Report of the Indian Hemp Drugs Commission, 1894-1895 - Volume IV
Year: 1894
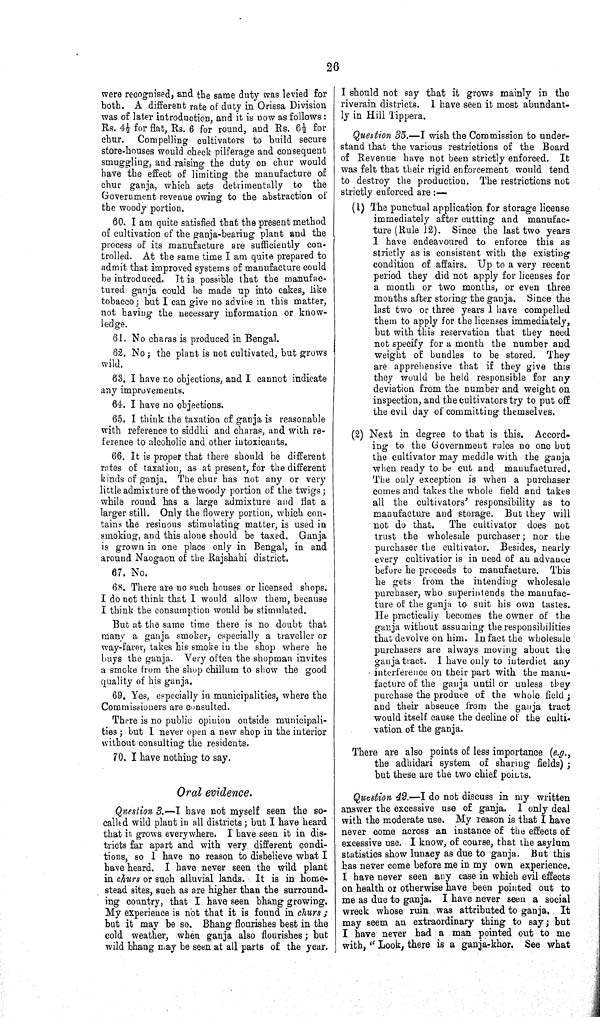
26
were recognised, and the same duty was levied for
both. A different rate of duty in Orissa Division
was of later introduction, and it is now as follows:
Rs. 4 1/2 for flat, Rs. 6 for round, and Rs. 6 1/2 for
chur.
Compelling cultivators to build secure
store-houses would check pilferage and consequent
smuggling, and raising the duty on chur would
have the effect of limiting the manufacture of
chur ganja, which acts detrimentally to the
Government revenue owing to the abstraction of
the woody portion.
60. I am quite satisfied that the present method
of cultivation of the ganja-bearing plant and the
process of its manufacture are sufficiently con-
trolled. At the same time I am quite prepared to
admit that improved systems of manufacture could
be introduced. It is possible that the manufac-
tured ganja could be made up into cakes, like
tobacco; but I can give no advice in this matter,
not having the necessary information or know-
ledge.
61. No charas is produced in Bengal.
62. No; the plant is not cultivated, but grows
wild.
63. I have no objections, and I cannot indicate
any improvements.
64. I have no objections.
65. I think the taxation of ganja is reasonable
with reference to siddhi and charas, and with re-
ference to alcoholic and other intoxicants.
66. It is proper that there should be different
rates of taxation, as at present, for the different
kinds of ganja. The chur has not any or very
little admixture of the woody portion of the twigs;
while round has a large admixture and flat a
larger still. Only the flowery portion, which con-
tains the resinous stimulating matter, is used in
smoking, and this alone should be taxed. Ganja
is grown in one place only in Bengal, in and
around Naogaon of the Rajshahi district.
67. No.
68. There are no such houses or licensed shops.
I do not think that I would allow them, because
I think the consumption would be stimulated.
But at the same time there is no doubt that
many a ganja smoker, especially a traveller or
way-farer, takes his smoke in the shop where he
buys the ganja. Very often the shopman invites
a smoke from the shop chillum to show the good
quality of his ganja.
69. Yes, especially in municipalities, where the
Commissioners are consulted.
There is no public opinion outside municipali-
ties; but I never open a new shop in the interior
without consulting the residents.
70. I have nothing to say.
Oral evidence.
Question 3.—I have not myself seen the so-
called wild plant in all districts; but I have heard
that it grows everywhere. I have seen it in dis-
tricts far apart and with very different condi-
tions, so I have no reason to disbelieve what I
have heard. I have never seen the wild plant
in churs or such alluvial lands. It is in home-
stead sites, such as are higher than the surround-
ing country, that I have seen bhang growing.
My experience is not that it is found in churs;
but it may be so. Bhang flourishes best in the
cold weather, when ganja also flourishes; but
wild bhang may be seen at all parts of the year.
I should not say that it grows mainly in the
riverain districts. I have seen it most abundant-
ly in Hill Tippera.
Question 35.—I wish the Commission to under-
stand that the various restrictions of the Board
of Revenue have not been strictly enforced.
It
was felt that their rigid enforcement would tend
to destroy the production. The restrictions not
strictly enforced are:—
(1) The punctual application for storage license
immediately after cutting and manufac-
ture (Rule 12). Since the last two years
I have endeavoured to enforce this as
strictly as is consistent with the existing
condition of affairs. Up to a very recent
period they did not apply for licenses for
a month or two months, or even three
months after storing the ganja. Since the
last two or three years I have compelled
them to apply for the licenses immediately,
but with this reservation that they need
not specify for a month the number and
weight of bundles to be stored. They
are apprehensive that if they give this
they would be held responsible for any
deviation from the number and weight on
inspection, and the cultivators try to put off
the evil day of committing themselves.
(2) Next in degree to that is this. Accord-
ing to the Government rules no one but
the cultivator may meddle with the ganja
when ready to be cut and manufactured.
The only exception is when a purchaser
comes and takes the whole field and takes
all the cultivators' responsibility as to
manufacture and storage. But they will
not do that.
The cultivator does not
trust the wholesale purchaser; nor the
purchaser the cultivator. Besides, nearly
every cultivatior is in need of an advance
before he proceeds to manufacture. This
he gets from the intending wholesale
purchaser, who superintends the manufac-
ture of the ganja to suit his own tastes.
He practically becomes the owner of the
ganja without assuming the responsibilities
that devolve on him. In fact the wholesale
purchasers are always moving about the
ganja tract. I have only to interdict any
interference on their part with the manu-
facture of the ganja until or unless they
purchase the produce of the whole
field;
and their absence from the ganja tract
would itself cause the decline of the culti-
vation of the ganja.
There are also points of less importance (e.g.,
the adhidari system of sharing
fields);
but these are the two chief points.
Question 42.—I do not discuss in my written
answer the excessive use of ganja. I only deal
with the moderate use. My reason is that I have
never come across an instance of the effects of
excessive use. I know, of course, that the asylum
statistics show lunacy as due to ganja. But this
has never come before me in my own experience.
I have never seen any case in which evil effects
on health or otherwise have been pointed out to
me as due to ganja. I have never seen a social
wreck whose ruin was attributed to ganja.
It
may seem an extraordinary thing to say; but
I have never had a man pointed out to me
with, "Look, there is a ganja-khor. See what